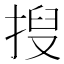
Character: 𫽍